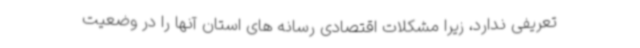
تعریفی ندارد، زیرا مشکلات اقتصادی رسانه های استان آنها را در وضعیت